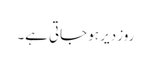
روز دیر ہو جاتی ہے۔